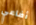
أفاعي